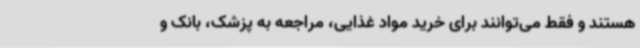
هستند و فقط می‌توانند برای خرید مواد غذایی، مراجعه به پزشک، بانک و